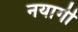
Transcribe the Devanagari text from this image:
नयागी